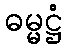
ဓမ္မဋ္ဌံ